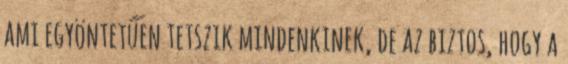
ami egyöntetűen tetszik mindenkinek, de az biztos, hogy a